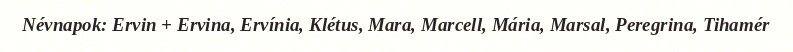
Névnapok: Ervin + Ervina, Ervínia, Klétus, Mara, Marcell, Mária, Marsal, Peregrina, Tihamér